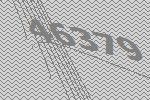
46379